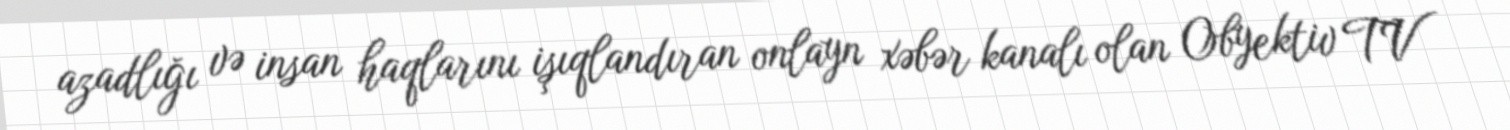
azadlığı və insan haqlarını işıqlandıran onlayn xəbər kanalı olan Obyektiv TV